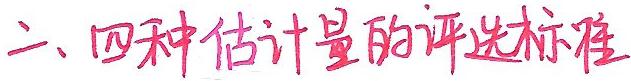
二、四种估计量的评选标准